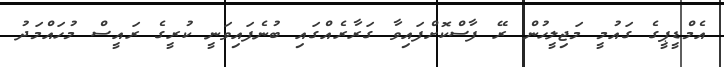
އެމްޑީޕީގެ ގައުމީ މަޖިލީހުން ރޭ ފާސްކޮށްފައިވާ ގަރާރެއްގައި ބުނެފައިވަނީ ކުރީގެ ރައީސް މުހައްމަދު